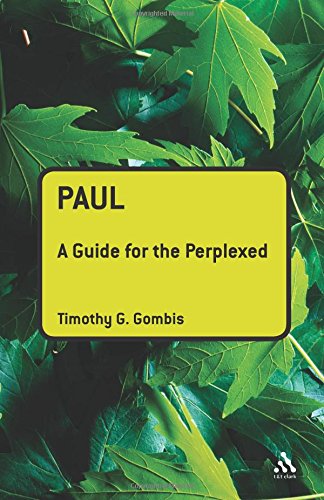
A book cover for Paul: A Guide for the Perplexed (Guides for the Perplexed); Timothy G. Gombis; Christian Books & Bibles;